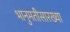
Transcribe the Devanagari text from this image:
भानुमतीसारख्या